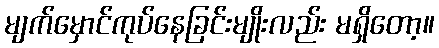
မျက်မှောင်ကုပ်နေခြင်းမျိုးလည်း မရှိတော့။